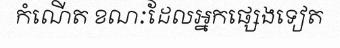
កំណើត ខណៈដែលអ្នកផ្សេងទៀត